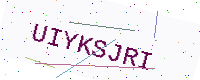
Text: UIYKSJRI